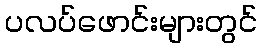
ပလပ်ဖောင်းများတွင်